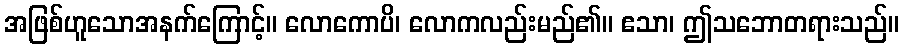
အဖြစ်ဟူသောအနက်ကြောင့်။ လောကောပိ၊ လောကလည်းမည်၏။ ဧသာ၊ ဤသဘောတရားသည်။